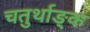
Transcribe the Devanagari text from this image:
चतुर्थाङ्क